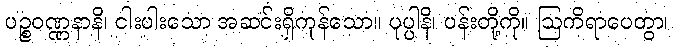
ပဉ္စဝဏ္ဏနာနိ၊ ငါးပါးသော အဆင်းရှိကုန်သော။ ပုပ္ပါနိ၊ ပန်းတို့ကို။ ဩကိရာပေတွာ၊